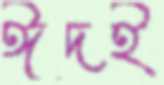
ঈদই